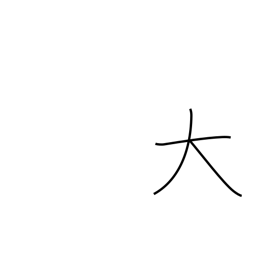
Meaning: big